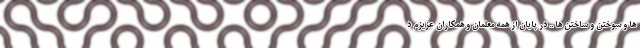
ها و سوختن و ساختن ها .. در پایان از همه معلمان و همکاران عزیزم د